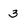
Character: 3